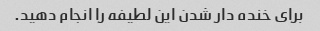
برای خنده دار شدن این لطیفه را انجام دهید.